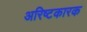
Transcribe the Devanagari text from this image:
अरिष्टकारक